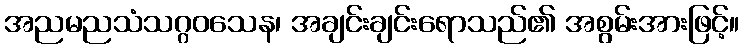
အညမညသံသဂ္ဂဝသေန၊ အချင်းချင်းရောသည်၏ အစွမ်းအားဖြင့်။